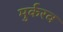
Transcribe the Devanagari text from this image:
मुर्करव